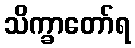
သိက္ခာတော်ရ